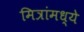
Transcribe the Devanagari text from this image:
मित्रांमध्ये